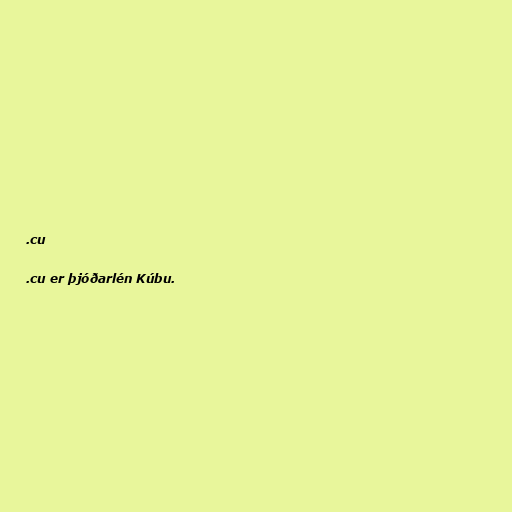
.cu

.cu er þjóðarlén Kúbu.